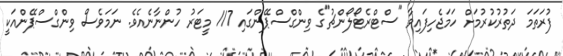
ފުރަތަމަ ދަތުރުކުރުމަށް ހަމަޖެހިފައިވާ "ސްޓްރެޓޯލޯންޗު"ގެ ވިންގްސްޕޭންގައި 117 މީޓަރު ހުންނާނެއެވެ. ނަމަވެސް ވިންގްސްޕޭންއަކީ